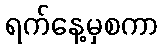
ရက်နေ့မှစကာ